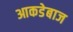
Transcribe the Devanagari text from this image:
आकडेबाज